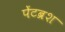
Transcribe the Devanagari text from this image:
पेंटब्रश